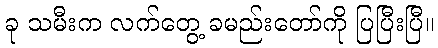
ခု သမီးက လက်တွေ့ ခမည်းတော်ကို ပြပြီးပြီ။